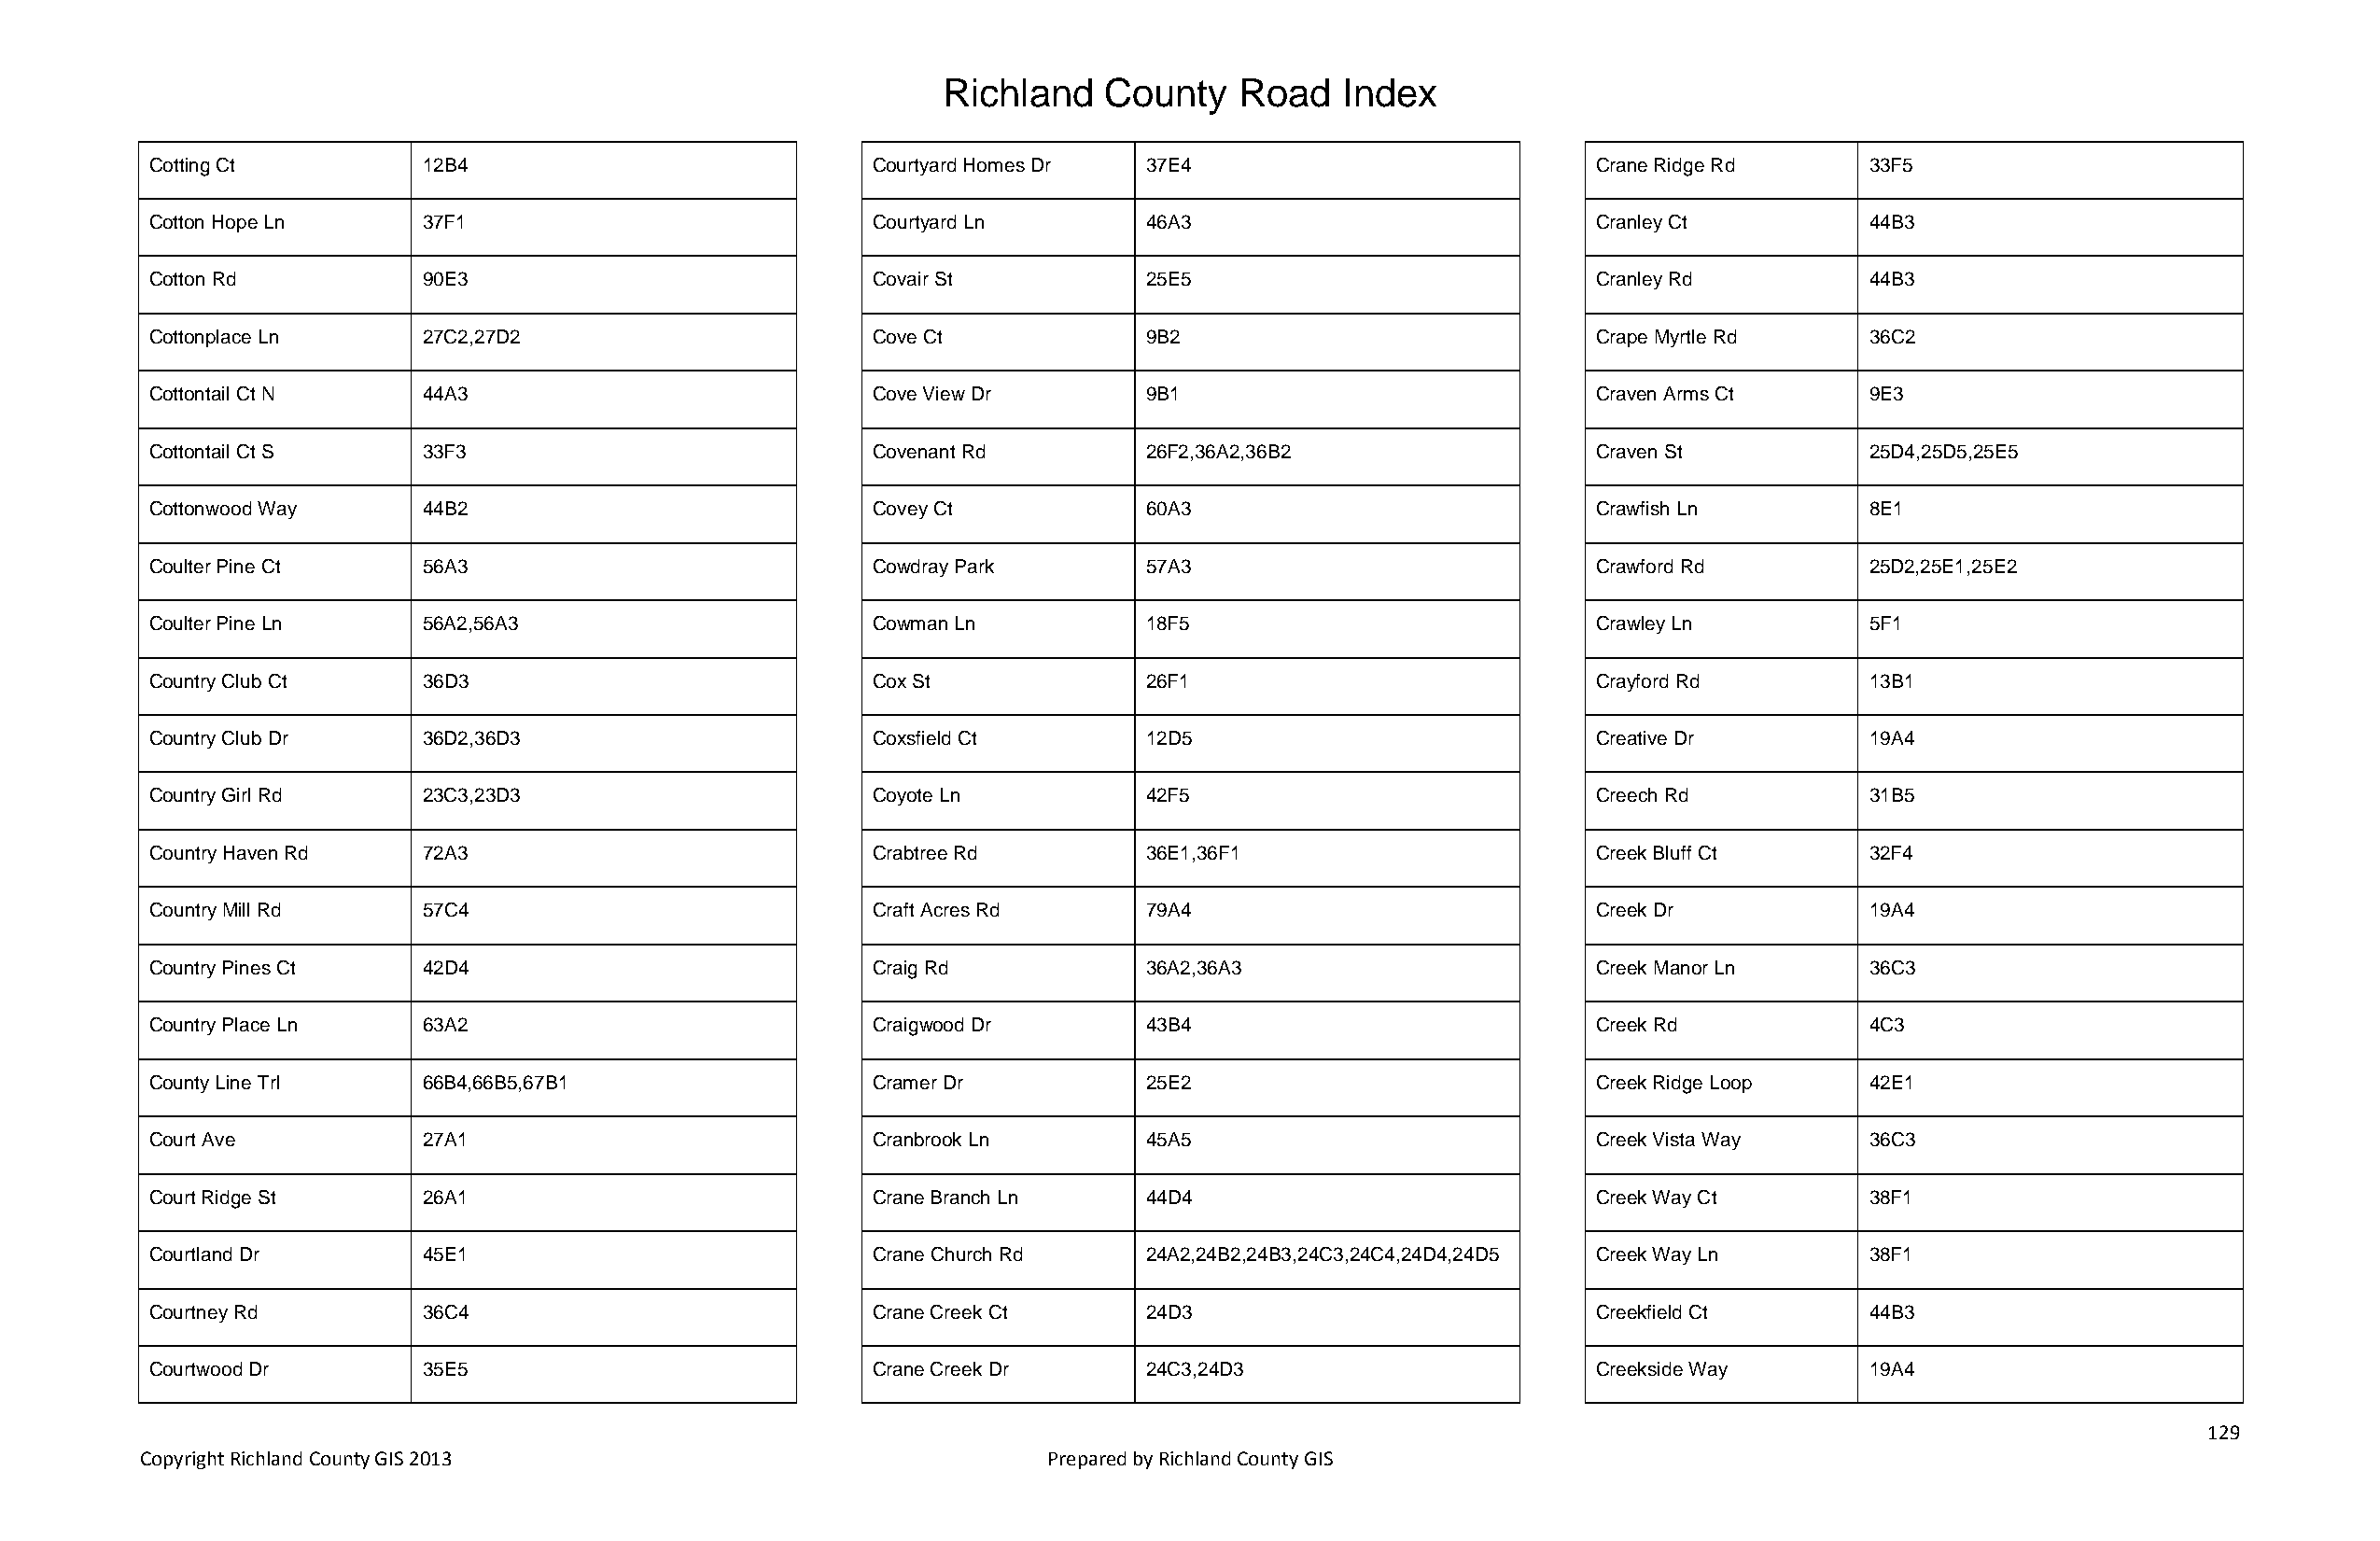
Richland   County    Road   Index
 Cotting Ct         12B4                            Courtyard Homes Dr 37E4                            Crane Ridge Rd      33F5
 Cotton Hope Ln     37F1                            Courtyard Ln       46A3                            Cranley Ct          44B3
 Cotton Rd          90E3                            Covair St          25E5                            Cranley Rd          44B3
 Cottonplace Ln     27C2,27D2                       Cove Ct            9B2                             Crape Myrtle Rd     36C2
 Cottontail Ct N    44A3                            Cove View Dr       9B1                             Craven Arms Ct      9E3
 Cottontail Ct S    33F3                            Covenant Rd        26F2,36A2,36B2                  Craven St           25D4,25D5,25E5
 Cottonwood Way     44B2                            Covey Ct           60A3                            Crawfish Ln         8E1
 Coulter Pine Ct    56A3                            Cowdray Park       57A3                            Crawford Rd         25D2,25E1,25E2
 Coulter Pine Ln    56A2,56A3                       Cowman Ln          18F5                            Crawley Ln          5F1
 Country Club Ct    36D3                            Cox St             26F1                            Crayford Rd         13B1
 Country Club Dr    36D2,36D3                       Coxsfield Ct       12D5                            Creative Dr         19A4
 Country Girl Rd    23C3,23D3                       Coyote Ln          42F5                            Creech Rd           31B5
 Country Haven Rd   72A3                            Crabtree Rd        36E1,36F1                       Creek Bluff Ct      32F4
 Country Mill Rd    57C4                            Craft Acres Rd     79A4                            Creek Dr            19A4
 Country Pines Ct   42D4                            Craig Rd           36A2,36A3                       Creek Manor Ln      36C3
 Country Place Ln   63A2                            Craigwood Dr       43B4                            Creek Rd            4C3
 County Line Trl    66B4,66B5,67B1                  Cramer Dr          25E2                            Creek Ridge Loop    42E1
 Court Ave          27A1                            Cranbrook Ln       45A5                            Creek Vista Way     36C3
 Court Ridge St     26A1                            Crane Branch Ln    44D4                            Creek Way Ct        38F1
 Courtland Dr       45E1                            Crane Church Rd    24A2,24B2,24B3,24C3,24C4,24D4,24D5 Creek Way Ln     38F1
 Courtney Rd        36C4                            Crane Creek Ct     24D3                            Creekfield Ct       44B3
 Courtwood Dr       35E5                            Crane Creek Dr     24C3,24D3                       Creekside Way       19A4
 129
 Copyright Richland County GIS 2013                              Prepared by Richland County GIS